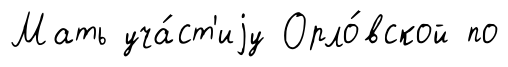
Мать уча́ст'иjу Орло́вской по